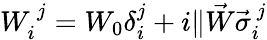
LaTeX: W_{i}^{~j}=W_{0}\delta_{i}^{j}+i\| \vec{W}\vec{\sigma}_{i}^{~j}